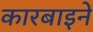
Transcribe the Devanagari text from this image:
कारबाइनें